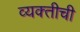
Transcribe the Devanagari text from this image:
व्‍यक्‍तीची